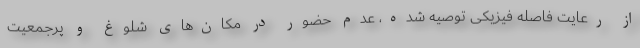
از رعایت فاصله فیزیکی توصیه شده، عدم حضور در مکان‌های شلوغ و پرجمعیت